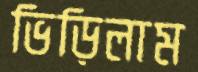
ভিড়িলাম